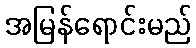
အမြန်ရောင်းမည်